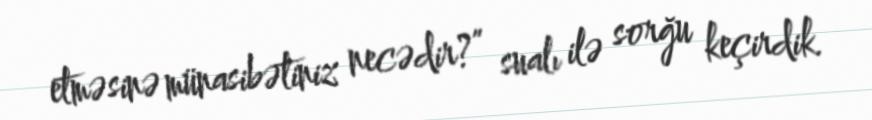
etməsinə münasibətiniz necədir?” sualı ilə sorğu keçirdik.